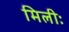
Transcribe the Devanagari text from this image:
मिलीः